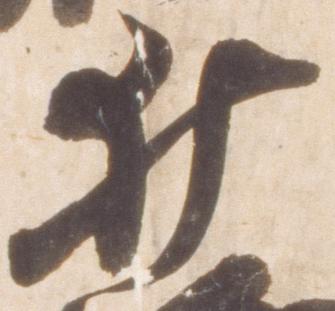
伊